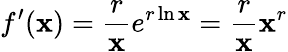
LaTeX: f^{\prime}(\mathbf{x})={\frac{{r}}{{\mathbf{x}}}}e^{r\ln\mathbf{x}}={\frac{{r}}{{\mathbf{x}}}}\mathbf{x}^{r}